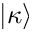
| \kappa \rangle